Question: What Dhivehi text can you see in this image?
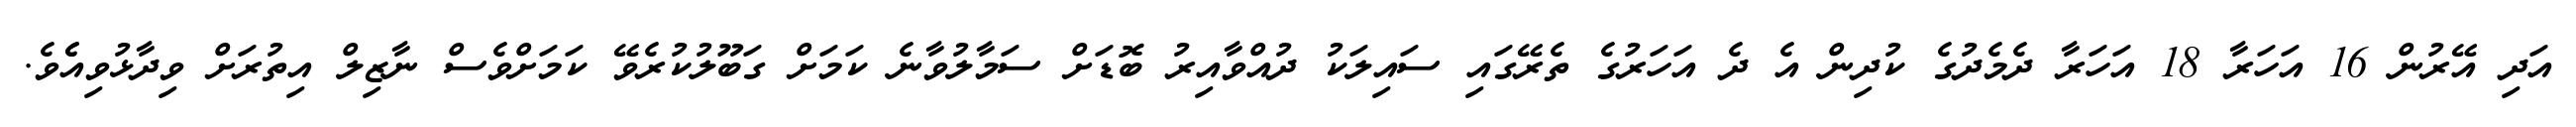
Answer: އަދި އޭރުން 16 އަހަރާ 18 އަހަރާ ދެމެދުގެ ކުދިން އެ ދެ އަހަރުގެ ތެރޭގައި ސައިލަކު ދުއްވާއިރު ބޮޑަށް ސަމާލުވާނެ ކަމަށް ގަބޫލުކުރެވޭ ކަމަށްވެސް ނާޒިލް އިތުރަށް ވިދާޅުވިއެެވެ.